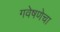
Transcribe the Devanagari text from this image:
गवेषणेचा